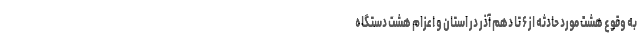
به وقوع هشت مورد حادثه از ۶ تا دهم آذر در استان و اعزام هشت دستگاه